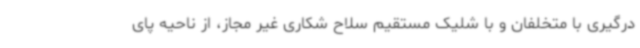
درگیری با متخلفان و با شلیک مستقیم سلاح شکاری غیر مجاز، از ناحیه پای